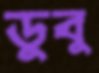
ডুবু